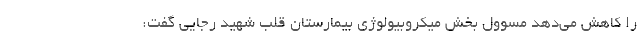
را کاهش می‌دهد مسوول بخش میکروبیولوژی بیمارستان قلب شهید رجایی گفت: